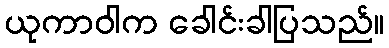
ယုကာဝါက ခေါင်းခါပြသည်။